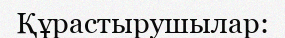
Құрастырушылар: